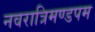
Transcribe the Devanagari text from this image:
नवरात्रिमण्डपम